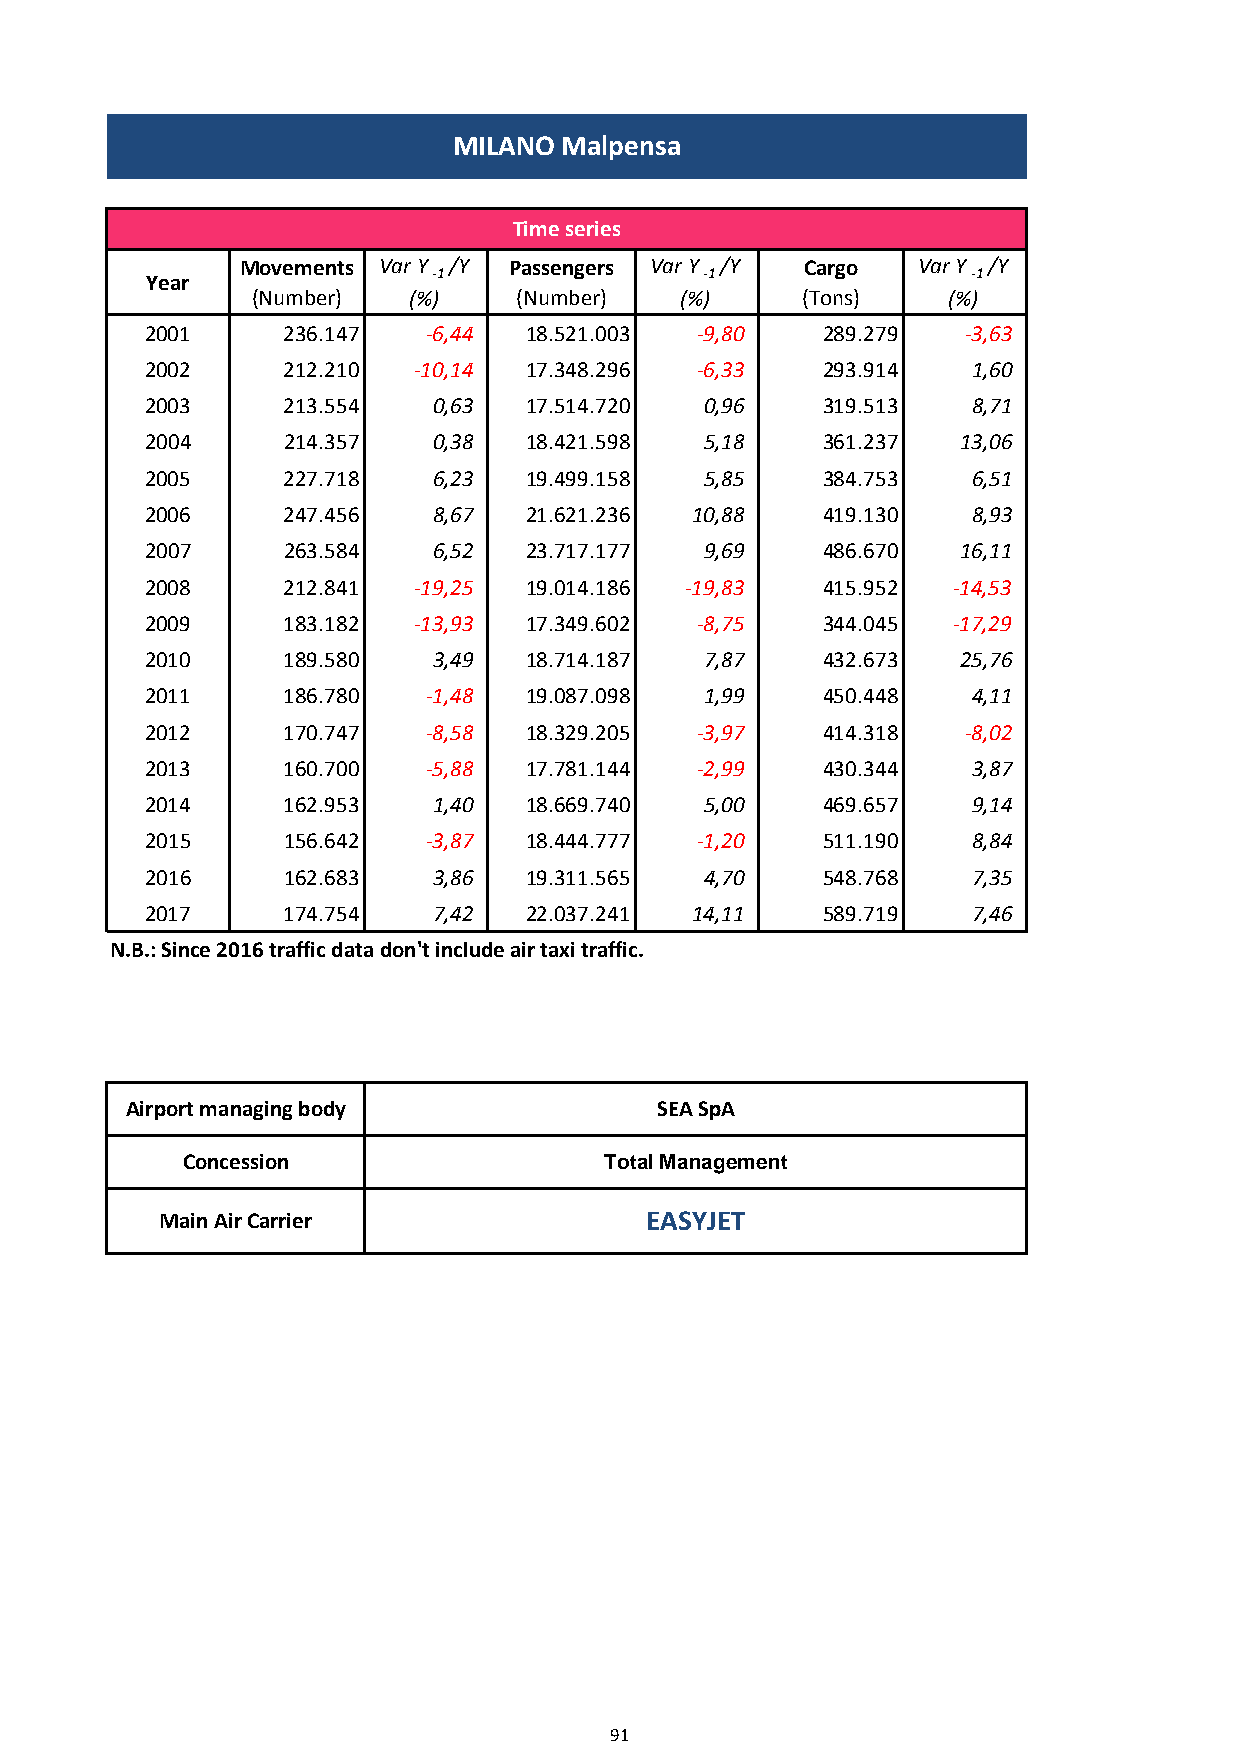
MILANO Malpensa
 Time series
 Movements Var Y /Y Passengers Var Y /Y Cargo Var Y /Y
 Year               -1                -1               -1
 (Number)  (%)    (Number)   (%)     (Tons)    (%)
 2001     236.147  -6,44  18.521.003 -9,80   289.279   -3,63
 2002     212.210 -10,14  17.348.296 -6,33   293.914   1,60
 2003     213.554   0,63  17.514.720  0,96   319.513   8,71
 2004     214.357   0,38  18.421.598  5,18   361.237   13,06
 2005     227.718   6,23  19.499.158  5,85   384.753   6,51
 2006     247.456   8,67  21.621.236 10,88   419.130   8,93
 2007     263.584   6,52  23.717.177  9,69   486.670   16,11
 2008     212.841 -19,25  19.014.186 -19,83  415.952  -14,53
 2009     183.182 -13,93  17.349.602 -8,75   344.045  -17,29
 2010     189.580   3,49  18.714.187  7,87   432.673   25,76
 2011     186.780  -1,48  19.087.098  1,99   450.448   4,11
 2012     170.747  -8,58  18.329.205 -3,97   414.318   -8,02
 2013     160.700  -5,88  17.781.144 -2,99   430.344   3,87
 2014     162.953   1,40  18.669.740  5,00   469.657   9,14
 2015     156.642  -3,87  18.444.777 -1,20   511.190   8,84
 2016     162.683   3,86  19.311.565  4,70   548.768   7,35
 2017     174.754   7,42  22.037.241 14,11   589.719   7,46
 N.B.: Since 2016 traffic data don't include air taxi traffic.
 Airport managing body              SEA SpA
 Concession                  Total Management
 Main Air Carrier                EASYJET
 91